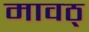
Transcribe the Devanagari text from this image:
मावठ्